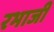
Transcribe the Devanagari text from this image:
रभाजी